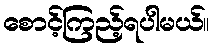
စောင့်ကြည့်ရပါမယ်။